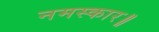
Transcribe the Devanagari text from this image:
नमस्कार॥